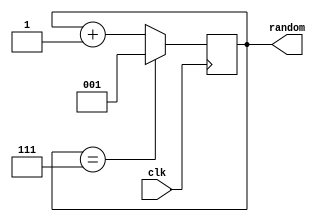
module randomizer(
    input wire       clk,
    output reg [2:0] random
);

    initial begin
        random = 1;
    end

    //select when user input
    always @(posedge clk) begin
        if (random == 7) begin
            random <= 1;
        end else begin
            random <= random + 1;
        end
    end

endmodule